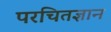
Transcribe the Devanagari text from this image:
परचितज्ञान